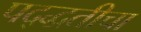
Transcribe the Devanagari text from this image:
पद्द्धतीचा